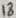
Text: 18